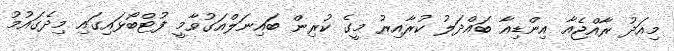
މިއަދު ރާއްޖެއާ އިންޑިއާ ބައްދަލު ކުރާއިރު މީގެ ކުރިން ބައިނަލްއަގުވާމީ ފުޓްބޯޅައިގައި މިދެގައުމު